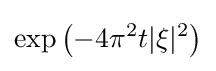
\exp \left(-4\pi ^{2}t|\xi |^{2}\right)